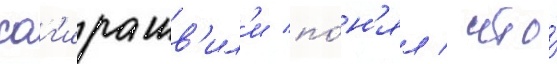
саг'ирашв'ил'и по́н'ял / что́